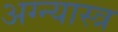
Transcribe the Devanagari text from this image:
अग्न्यास्त्र